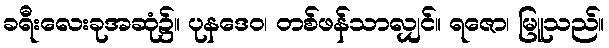
ခရီးလေးခုအဆုံ၌။ ပုနဒေဝ၊ တစ်ဖန်သာလျှင်။ ရဇော၊ မြူသည်။